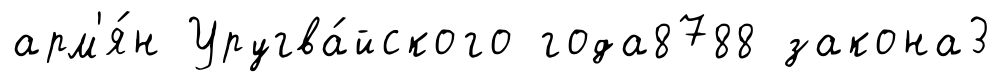
арм'я́н Уругва́йского года8788 закона3